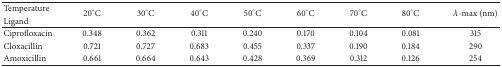
| Temperature | <ROWSPAN=2> 20°C | <ROWSPAN=2> 30°C | <ROWSPAN=2> 40°C | <ROWSPAN=2> 50°C | <ROWSPAN=2> 60°C | <ROWSPAN=2> 70°C | <ROWSPAN=2> 80°C | <ROWSPAN=2> λ-max (nm) |
 | Ligand |
 | --- | --- | --- | --- | --- | --- | --- | --- | --- |
 | Ciprofloxacin | 0.348 | 0.362 | 0.311 | 0.240 | 0.170 | 0.104 | 0.081 | 315 |
 | Cloxacillin | 0.721 | 0.727 | 0.683 | 0.455 | 0.337 | 0.190 | 0.184 | 290 |
 | Amoxicillin | 0.661 | 0.664 | 0.643 | 0.428 | 0.369 | 0.312 | 0.126 | 254 |